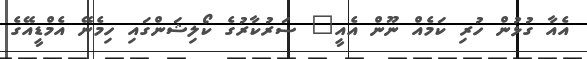
އެއާ ގުޅުން ހުރި ކަމެއް ނޫން އެއީ" ސަރުކާރުގެ ކޯލިޝަންގައި ހިމެނޭ އެމްޑީއޭގެ